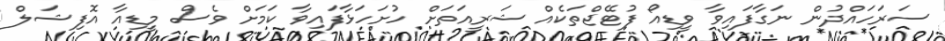
ސަރަހައްދުން ނަގާފައިވާ ވީޑިއޯ ފުޓޭޖްތަކެއް ޝަރީއަތަށް ހުށަހަޅާފައިވާ ކަމަށް ވެސް މީޑިއާ އޮފިޝަލް